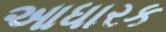
આધારક